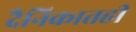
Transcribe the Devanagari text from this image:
दैनिकातही